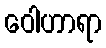
ဝေါဟာရာ